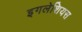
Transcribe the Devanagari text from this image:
इगलेशियस